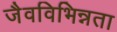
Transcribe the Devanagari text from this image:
जैवविभिन्नता